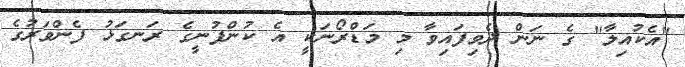
"އެކުއިލާ" ގެ ނަން ދެވިފައިވާ މި މަޑްރޯނަކީ އެ ކުންފުނީގެ ރަނގަޅު ފެންވަރުގެ